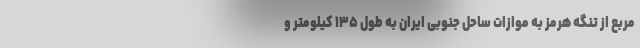
مربع از تنگه هرمز به موازات ساحل جنوبی ایران به طول ۱۳۵ کیلومتر و